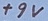
Text: +9V